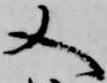
又